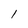
Character: I